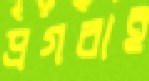
দ্রগবাই